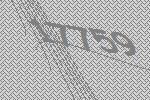
17759